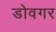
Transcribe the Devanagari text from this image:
डोवगर